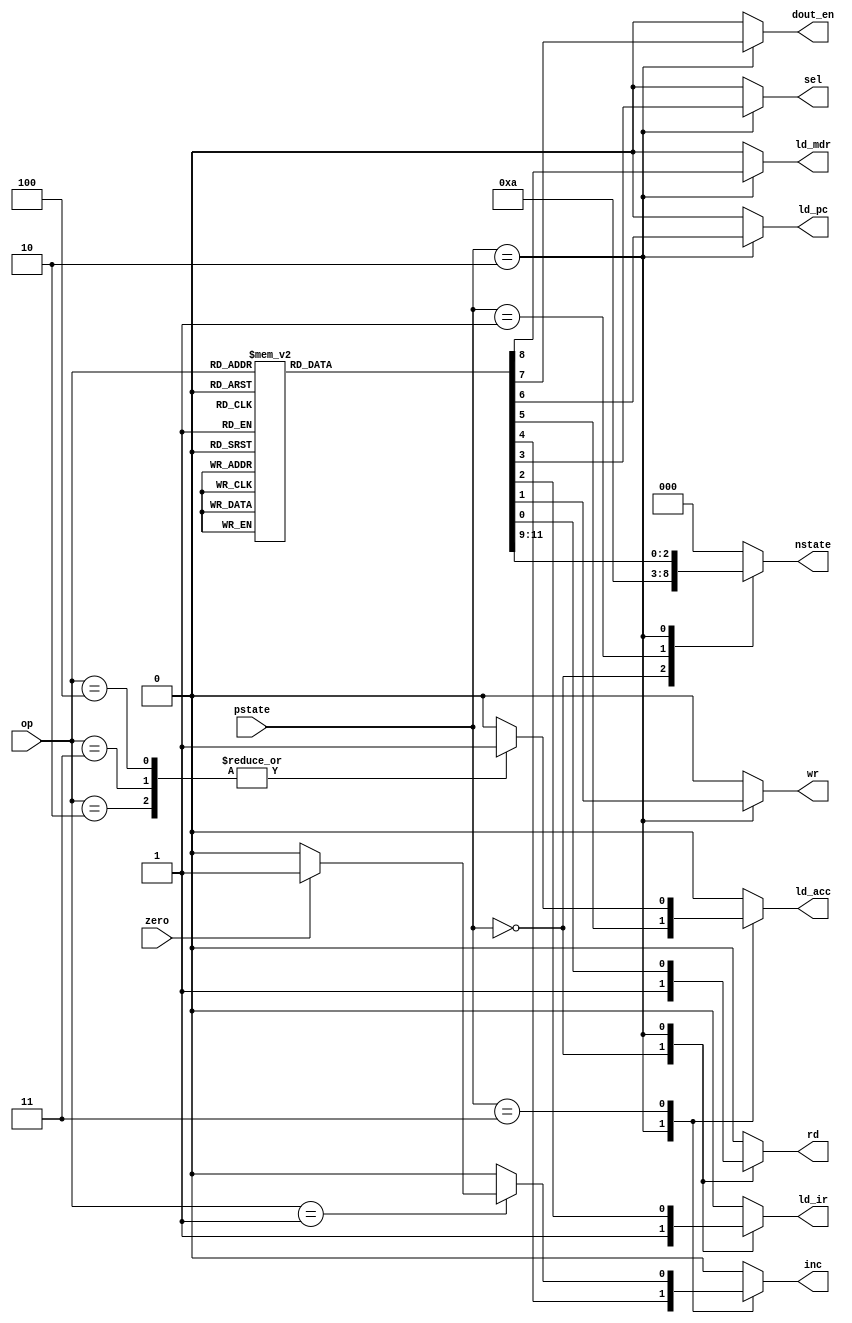
module control_logic(
	input [2:0] op, pstate,
	input zero,
	output reg ld_acc, ld_mdr, ld_ir, dout_en, ld_pc, inc, sel, rd, wr,
	output reg [2:0] nstate
    );
always@*begin
//Initialize Control Signals
	rd	    = 0; wr    = 0; ld_ir = 0; sel = 0; inc = 0;
	ld_acc = 0; ld_pc	= 0; dout_en = 0;
	ld_mdr = 0; nstate = 000;
	
	case(pstate)
		3'b100 : begin
			rd	    = 0; wr    = 0; ld_ir = 0; sel = 0; inc = 0;
			ld_acc = 0; ld_pc	= 0; dout_en = 0;
			ld_mdr = 0; nstate = 000;
		end
		//1T : instruction fetch
		3'b000 : begin
			rd	    = 1; wr    = 0; ld_ir = 1; sel = 0; inc = 0;
			ld_acc = 0; ld_pc	= 0; dout_en = 0;
			ld_mdr = 0; nstate = 001;
		end
		//2T : instruction decode
		3'b001 : begin
			rd	    = 0; wr    = 0; ld_ir = 0; sel = 0; inc = 0;
			ld_acc = 0; ld_pc	= 0; dout_en = 0;
			ld_mdr = 0; nstate = 010;
		end
		//3T : Excute Cycle 1
		3'b010 : begin
			case(op)
				3'b000 : begin // HALT
					rd	    = 0; wr    = 0; ld_ir = 0; sel = 1; inc = 0;
					ld_acc = 0; ld_pc	= 0; dout_en = 0;
					ld_mdr = 0; nstate = 000;
				end
				
				3'b001 : begin // SKIP-if-ZERO
					rd	    = 0; wr    = 0; ld_ir = 0; sel = 1; inc = 1;
					ld_acc = 0; ld_pc	= 0; dout_en = 0;
					ld_mdr = 0; nstate = 011;
				end
				
				3'b010 : begin // ADD
					rd	    = 1; wr    = 0; ld_ir = 0; sel = 1; inc = 1;
					ld_acc = 0; ld_pc	= 0; dout_en = 0;
					ld_mdr = 1; nstate = 011;
				end
				
				3'b011 : begin // AND
					rd	    = 1; wr    = 0; ld_ir = 0; sel = 1; inc = 1;
					ld_acc = 0; ld_pc	= 0; dout_en = 0;
					ld_mdr = 1; nstate = 011;
				end
				
				3'b100 : begin // XOR
					rd	    = 1; wr    = 0; ld_ir = 0; sel = 1; inc = 1;
					ld_acc = 0; ld_pc	= 0; dout_en = 0;
					ld_mdr = 1; nstate = 011;
				end
				
				3'b101 : begin // LOAD
					rd	    = 1; wr    = 0; ld_ir = 0; sel = 1; inc = 1;
					ld_acc = 0; ld_pc	= 0; dout_en = 0;
					ld_mdr = 1; nstate = 011;
				end
				
				3'b110 : begin // STORE
					rd	    = 0; wr    = 1; ld_ir = 0; sel = 1; inc = 1;
					ld_acc = 0; ld_pc	= 0; dout_en = 1;
					ld_mdr = 0; nstate = 000;
				end
				
				3'b111 : begin // JUMP
					rd	    = 0; wr    = 0; ld_ir = 0; sel = 1; inc = 0;
					ld_acc = 0; ld_pc	= 1; dout_en = 0;
					ld_mdr = 0; nstate = 000;
				end
				
				default : begin
					rd	    = 0; wr    = 0; ld_ir = 0; sel = 0; inc = 0;
					ld_acc = 0; ld_pc	= 0; dout_en = 0;
					ld_mdr = 0; nstate = 000;
				end
			endcase
		end
		//4T : Excute Cycle 2
		3'b011 : begin
			case(op)
				3'b001 : begin // SKIP-if-ZERO
					rd	    = 0; wr    = 0; ld_ir = 0; sel = 0; inc = 0;
					ld_acc = 0; ld_pc	= 0; dout_en = 0;
					ld_mdr = 0; nstate = 000;
					inc = zero ? 1:0;
				end
				
				3'b010 : begin // ADD
					rd	    = 0; wr    = 0; ld_ir = 0; sel = 0; inc = 0;
					ld_acc = 1; ld_pc	= 0; dout_en = 0;
					ld_mdr = 0; nstate = 000;
				end
				
				3'b011 : begin // AND
					rd	    = 0; wr    = 0; ld_ir = 0; sel = 0; inc = 0;
					ld_acc = 1; ld_pc	= 0; dout_en = 0;
					ld_mdr = 0; nstate = 000;
				end
				
				3'b100 : begin // XOR
					rd	    = 0; wr    = 0; ld_ir = 0; sel = 0; inc = 0;
					ld_acc = 1; ld_pc	= 0; dout_en = 0;
					ld_mdr = 0; nstate = 000;
				end
				
				default : begin
					rd	    = 0; wr    = 0; ld_ir = 0; sel = 0; inc = 0;
					ld_acc = 0; ld_pc	= 0; dout_en = 0;
					ld_mdr = 0; nstate = 000;
				end
			endcase
		end
		
		default : begin
			rd	    = 0; wr    = 0; ld_ir = 0; sel = 0; inc = 0;
			ld_acc = 0; ld_pc	= 0; dout_en = 0;
			ld_mdr = 0; nstate = 000;
		end
	endcase
end // end always
	
endmodule